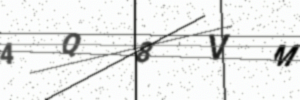
Text: 4Q8VM